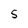
Character: S